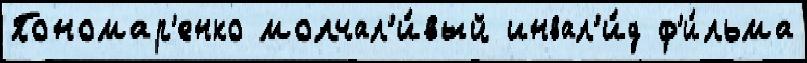
Пономар'енко молчал'и́вый инвал'и́д ф'и́льма